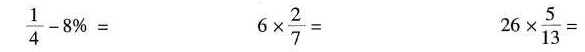
$$\frac { 1 } { 4 } -8 % =$$ 6 \times \frac { 2 } { 7 } =$$ $$26 \times \frac { 5 } { 13 }$$